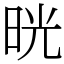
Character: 晄